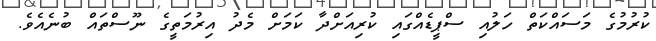
ކުރުމުގެ މަސައްކަތް ހަލުއި ސްޕީޑެއްގައި ކުރިއަށްދާ ކަމަށް މެދު އިރުމަތީގެ ނޫސްތައް ބުނެއެވެ.